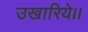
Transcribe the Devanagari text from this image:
उखारिये।।